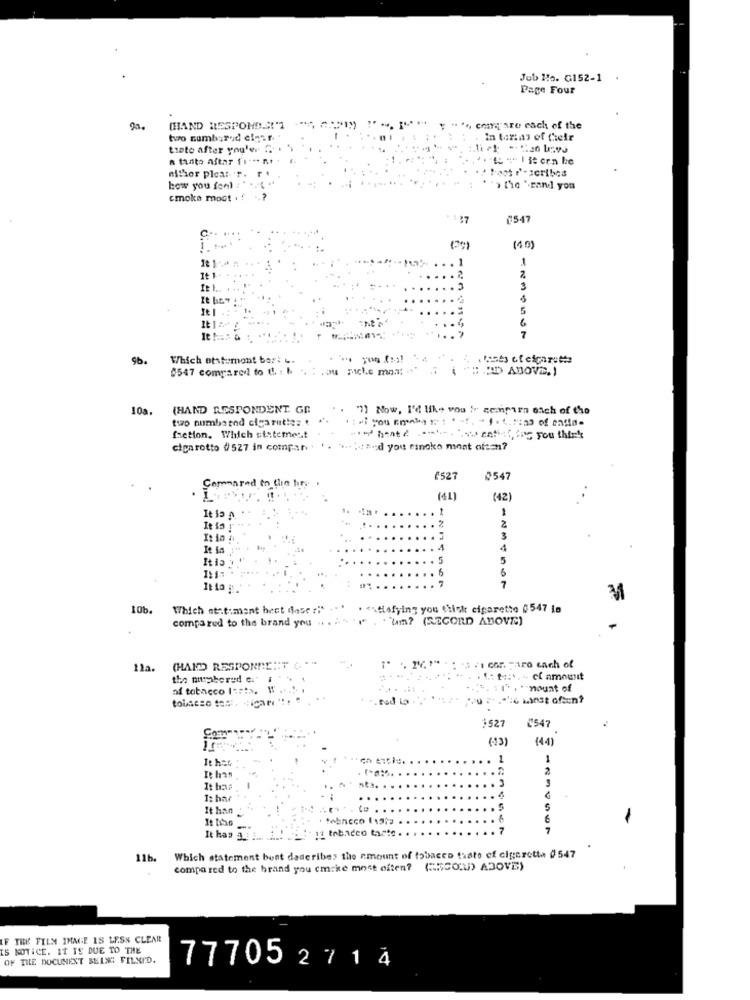
Jeb Ho. G152-1
Page Four
(HAND RESPONDS!"1
compare each of the
two numberod elger
in torias of their
tinto after you'e.
a tanto aftar fit ** nr .
"o "" I is ern be
.. Fast r- scribes
nthor pleat-r. r .
how you font :"
"> the '-rand you
cmoka moct . !
£547
(10)
18 1
.. 1
It 1
...
2
It 1.
... 3
3
It be?
....
.. .
5
...
7
Which otstumont bort u.
0547 compared to C. : b
a miche mont
10a.
(HAND RESPONDENT. GR
"7) Now, I'd like vou & cechporn each of the
two numbarad cigarettez .
faction. Which sistemest
.... "ww entist, fg you think
cigarotto 0527 in compar.
:ad you canoko minnt often?
£527
0547
Sommarad to Cin hity
(41)
(42)
It is a
2
It is !
5
......
7
3
10b.
Which nt:timent best doser!"
$\flafying you think cigarette 0547 is
compared to the brand you .... . . . Um? (RECORD ABOVE)
11a.
(HAND RESPONDE :: T " ."
the numbered Ci"
.- el amount
of tobacco los!>.
mount of
.. ted to .".
1527
£547
(13)
(44)
It has
.. 1
1
...
2
It has
... 3
It haa
.... ... .
I: har
.. 4
It han
.. $
teencco (1212 .
. . .
-
: - 12 tobacco taste
. . 7
It has a :
11b.
Which statement bunt describes the amount of tobacco thate ef cigaretta 0547
compared to the brand you cmcke most often? (RECORD) ABOVE)
THE FILM IMAGE IS LESS CLEAR
IS NOTICE. IT IS DUE TO THE
OF THE DOCUMENT BEING FILMI'D.
77705 2 7 1 4